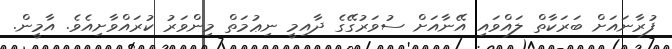
ފުރާނައަށް ބަރަކާތް ލައްވައި އޭނާއަށް ސުވަރުގޭގެ ދާއިމީ ނިޢުމަތް މިންވަރު ކުރައްވާށިއެވެ. އާމީން.